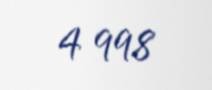
4 998